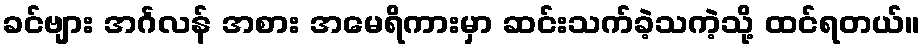
ခင်ဗျား အင်္ဂလန် အစား အမေရိကားမှာ ဆင်းသက်ခဲ့သကဲ့သို့ ထင်ရတယ်။